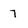
Character: 7